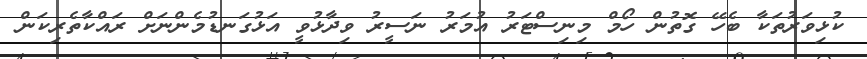
ކުޅިވަރުތަކާ ބެހޭ ގޮތުން ހޯމް މިނިސްޓަރު އުމަރު ނަސީރު ވިދާޅުވީ އަޅުގަނޑުމެންނަށް ރައްކާތެރިކަން